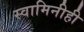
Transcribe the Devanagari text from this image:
स्वामिनीही